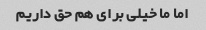
اما ما خیلی برای هم حق داریم